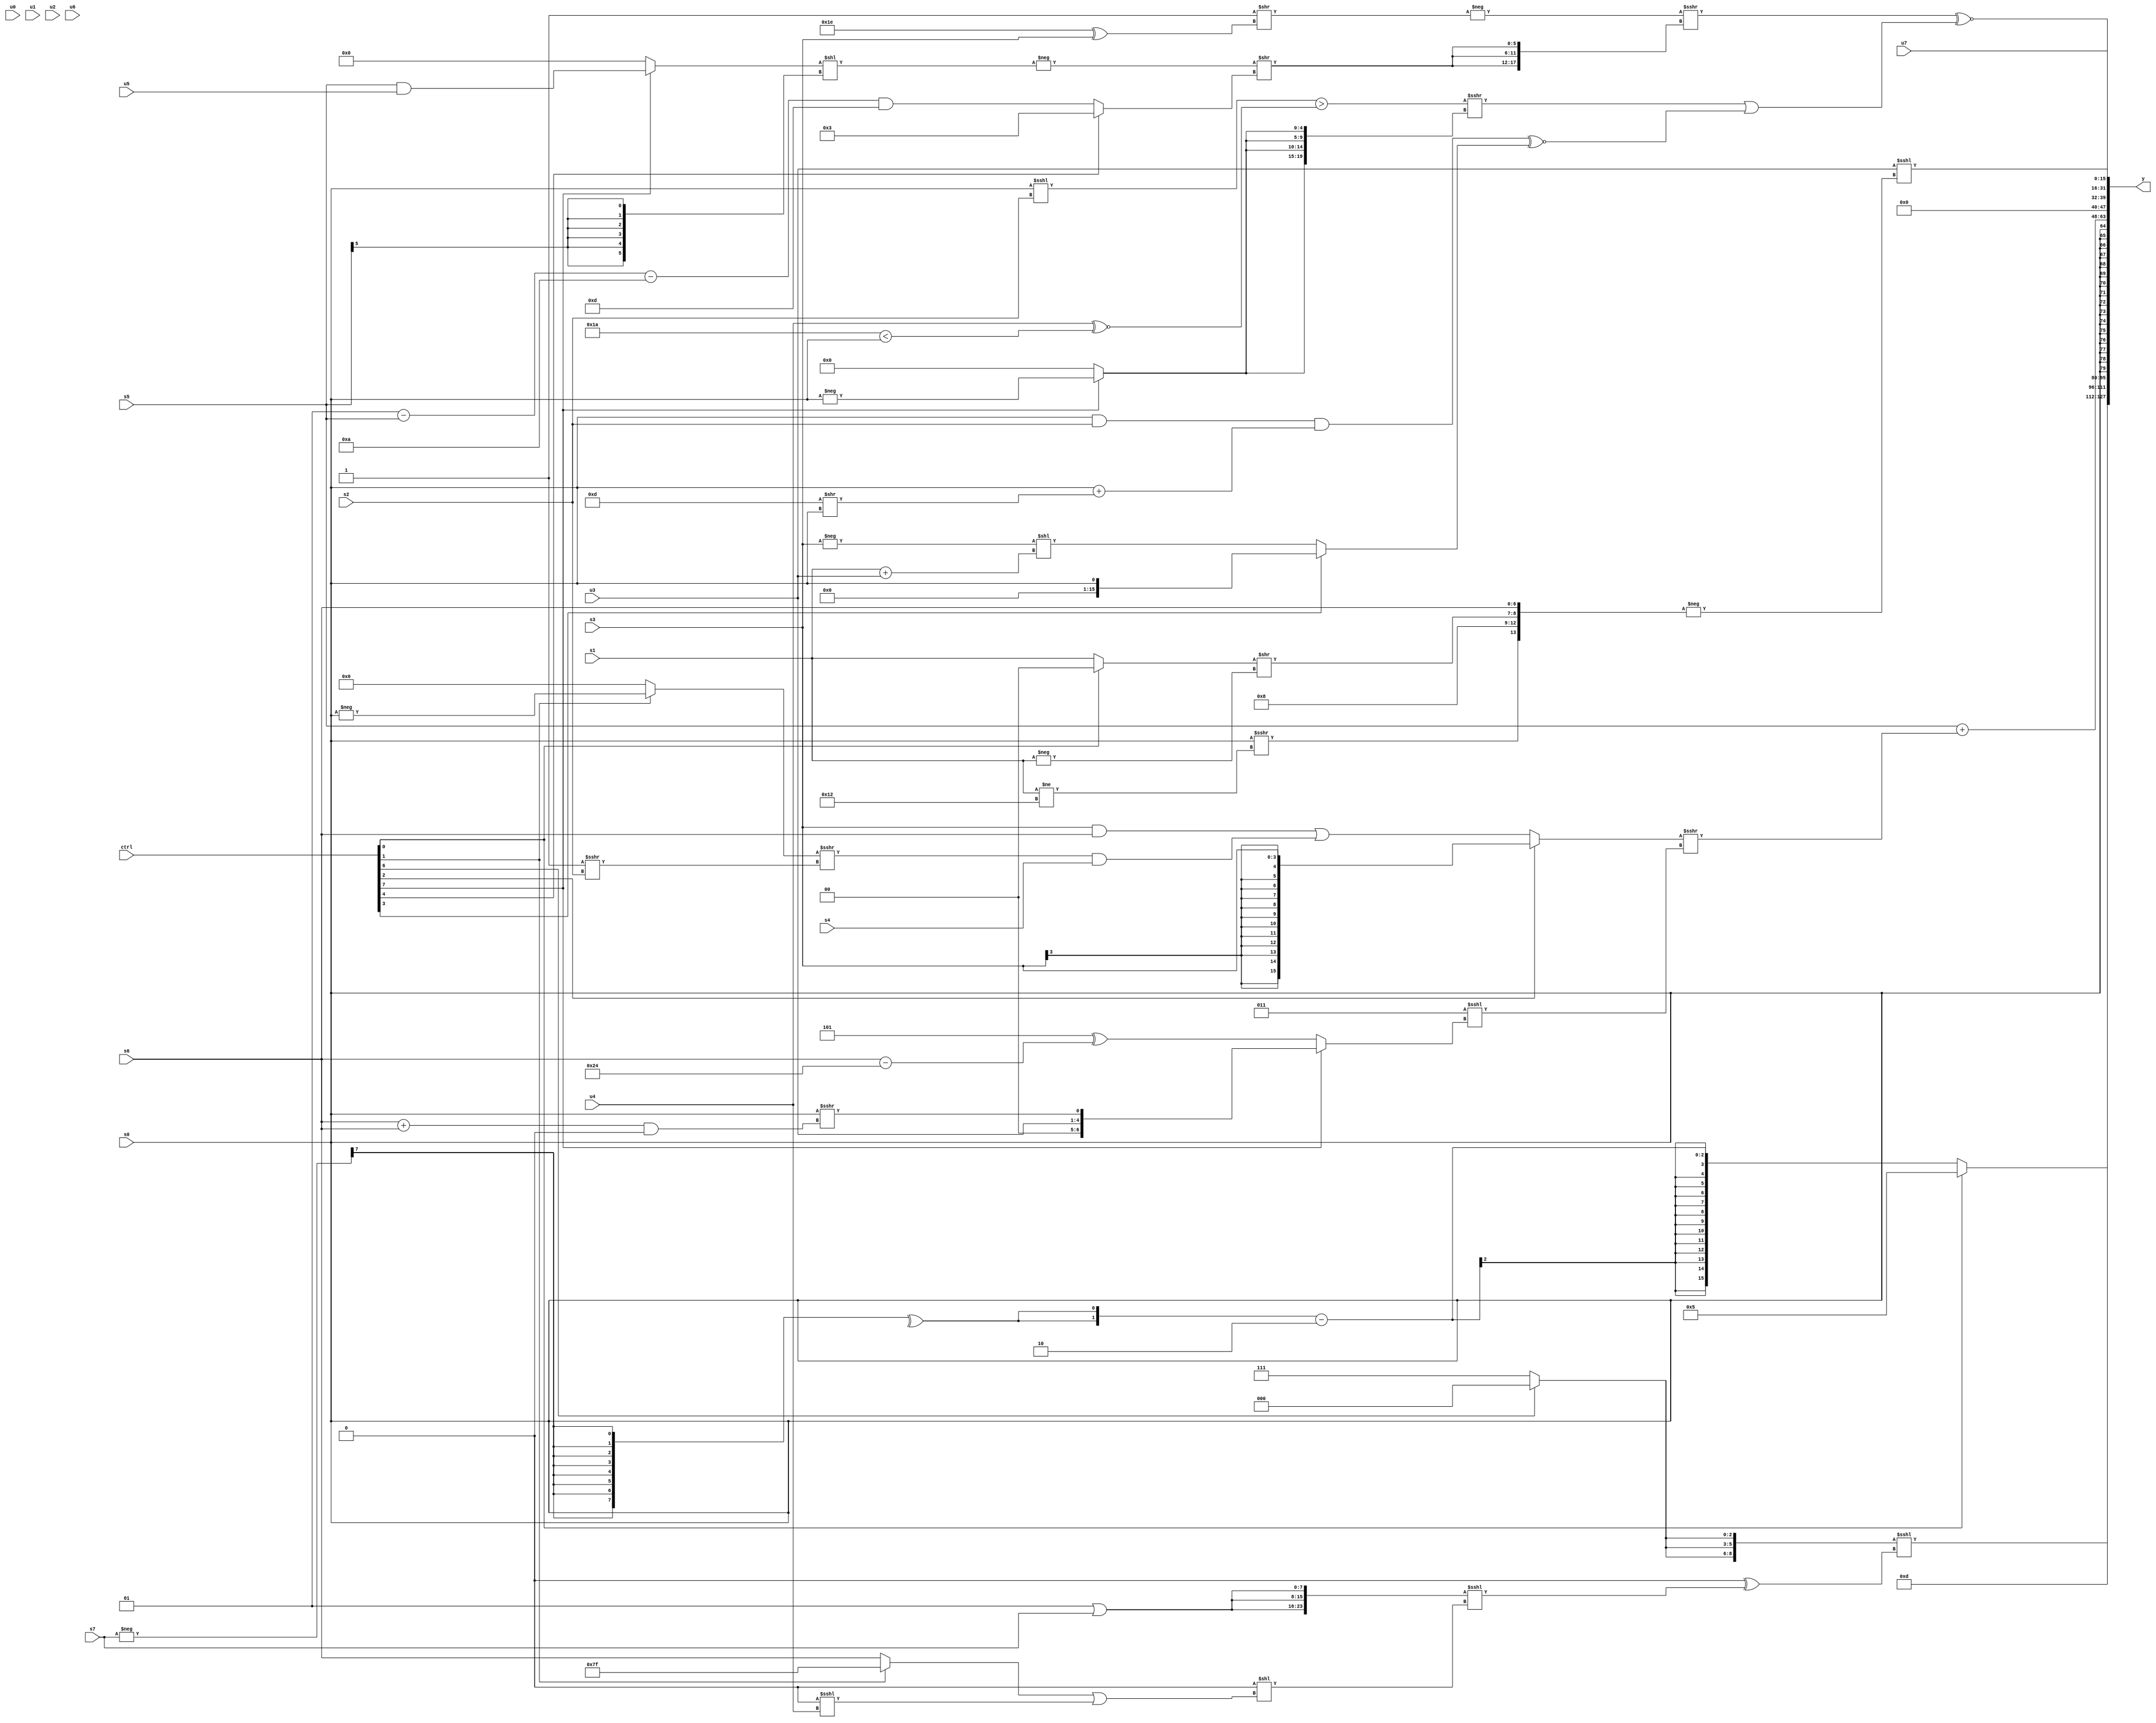
module wideexpr_00593(ctrl, u0, u1, u2, u3, u4, u5, u6, u7, s0, s1, s2, s3, s4, s5, s6, s7, y);
  input [7:0] ctrl;
  input [0:0] u0;
  input [1:0] u1;
  input [2:0] u2;
  input [3:0] u3;
  input [4:0] u4;
  input [5:0] u5;
  input [6:0] u6;
  input [7:0] u7;
  input signed [0:0] s0;
  input signed [1:0] s1;
  input signed [2:0] s2;
  input signed [3:0] s3;
  input signed [4:0] s4;
  input signed [5:0] s5;
  input signed [6:0] s6;
  input signed [7:0] s7;
  output [127:0] y;
  wire [15:0] y0;
  wire [15:0] y1;
  wire [15:0] y2;
  wire [15:0] y3;
  wire [15:0] y4;
  wire [15:0] y5;
  wire [15:0] y6;
  wire [15:0] y7;
  assign y = {y0,y1,y2,y3,y4,y5,y6,y7};
  assign y0 = (ctrl[0]?3'b101:({2{^((-(s7))>>>({1'b0,5'sb10101,4'sb1001}))}})-(2'sb10));
  assign y1 = ({3{(ctrl[6]?$signed(~^(2'sb10)):(ctrl[2]?1'sb1:3'sb111))}})<<<(+(+(((1'b0)^(({3{+((5'sb00001)|(s7))}})<<<(({2{(u1)<<(6'sb010110)}})<<(((ctrl[1]?3'sb111:s6))|((4'sb0000)<<<(u4))))))<<<(1'sb0))));
  assign y2 = 5'sb01101;
  assign y3 = $signed(s0);
  assign y4 = (s5)+(+(((ctrl[2]?s3:((s3)&(s6))|((((ctrl[1]?-(s0):3'sb000))>>>($signed((1'sb1)>>>(s2))))&(s4))))>>>(($signed($signed(3'b011)))<<<((ctrl[7]?{u3,(s0)>>>(((s6)+(s6))&(-(1'sb0)))}:$signed((3'sb101)^(+((s6)-(6'sb100100)))))))));
  assign y5 = u7;
  assign y6 = ((-((+(1'sb1))>>((6'sb011110)^(s3))))>>>({3{(-(((ctrl[7]?(s5)&(u5):(1'b0)<<<(3'b001)))<<((s5)>>>(6'sb001111))))>>((ctrl[4]?+(3'sb011):(((5'sb00001)-(s5))-(5'sb11010))&(5'sb01101)))}}))^~(+(((+((|((s0)<<<(s2)))>((u4)^~((5'b11010)<(s0)))))>>>({4{(ctrl[7]?-(s0):(-(5'b10000))<<<({1'sb1}))}}))|(((((+(s0))&(s2))&(($signed(s0))+((5'sb01101)>>(s0))))^~((ctrl[3]?s0:(-(s3))<<((s1)+(u3)))))<<(2'sb00))));
  assign y7 = (u3)<<<(+(-(+({(s0)>>>((s1)!=(5'sb10010)),$signed($signed(4'sb1000)),((ctrl[0]?2'sb00:s1))>>(-(s1)),s6}))));
endmodule